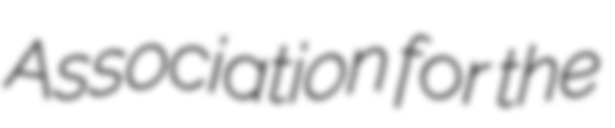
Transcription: Association for the